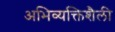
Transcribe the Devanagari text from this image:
अभिव्यक्तिशैली